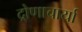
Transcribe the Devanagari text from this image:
द्रोणाचार्या